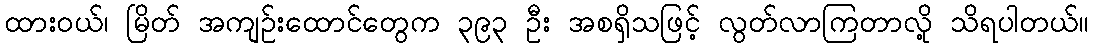
ထားဝယ်၊ မြိတ် အကျဉ်းထောင်တွေက ၃၉၃ ဦး အစရှိသဖြင့် လွတ်လာကြတာလို့ သိရပါတယ်။